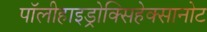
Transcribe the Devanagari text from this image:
पॉलीहाइड्रोक्सिहेक्सानोट